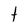
Character: t